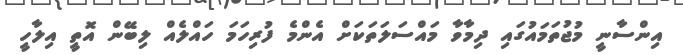
އިންސާނީ މުޖުތަމައުގައި ދިމާވާ މައްސަލަތަކަށް އެންމެ ފުރިހަމަ ހައްލެއް ލިބޭން އޮތީ އިލާހީ